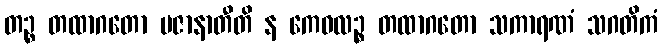
တဉ္စ တထာဂတော ပဇာနာတီတိ န ကေဝလဉ္စ တထာဂတော သကာရဏံ သဂတိကံ